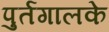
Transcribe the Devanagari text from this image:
पुर्तगालके